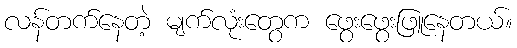
လန်တက်နေတဲ့ မျက်လုံးတွေက ဖွေးဖွေးဖြူနေတယ်။